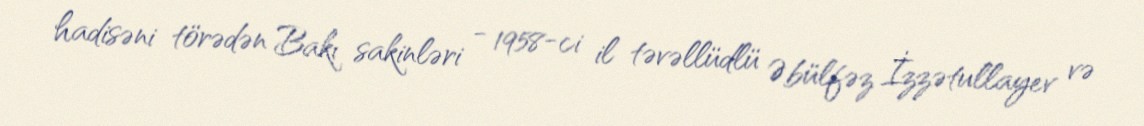
hadisəni törədən Bakı sakinləri - 1958-ci il təvəllüdlü Əbülfəz İzzətullayev və